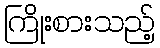
ကြိုးစားသည့်